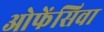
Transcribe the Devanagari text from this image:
ओफेंसिवा